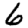
Digit: 6